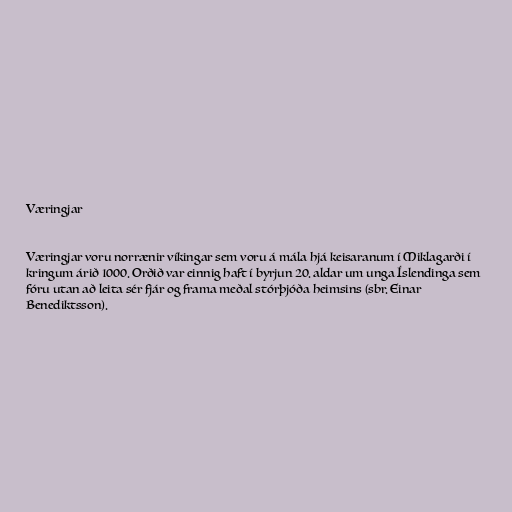
Væringjar

Væringjar voru norrænir víkingar sem voru á mála hjá keisaranum í Miklagarði í
kringum árið 1000. Orðið var einnig haft í byrjun 20. aldar um unga Íslendinga sem
fóru utan að leita sér fjár og frama meðal stórþjóða heimsins (sbr. Einar
Benediktsson).